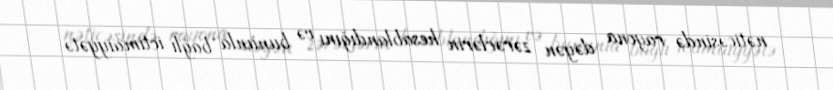
nəticəsində rayona dəyən zərərlərin hesablandığını və bununla bağlı ictimaiyyətə